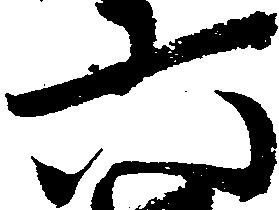
六